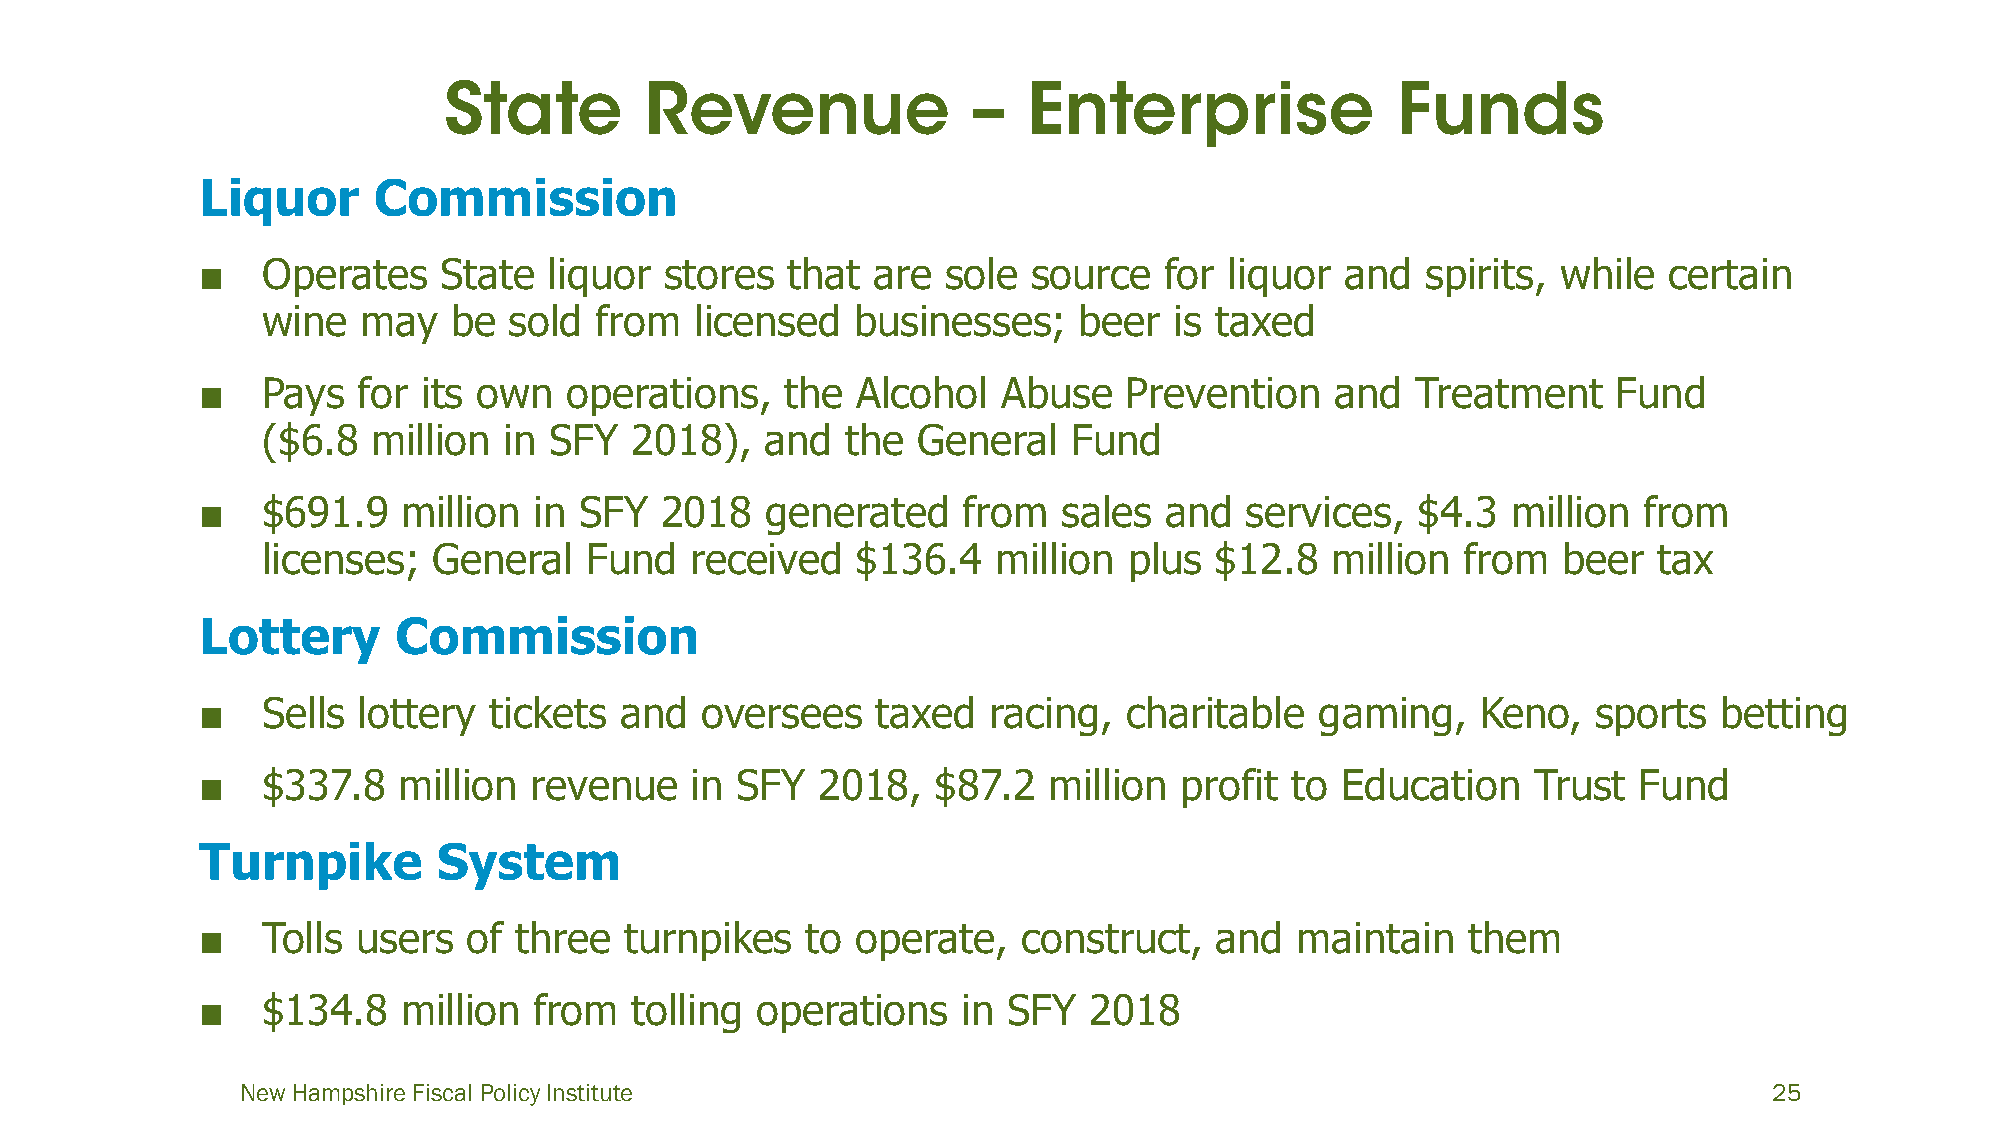
Liquor      Commission
 ■   Operates    State  liquor  stores  that  are  sole source   for liquor  and  spirits, while  certain
 wine   may   be  sold from   licensed   businesses;   beer   is taxed
 ■   Pays   for its own   operations,   the  Alcohol  Abuse    Prevention   and   Treatment    Fund
 ($6.8   million in SFY   2018),   and  the  General   Fund
 ■   $691.9    million in SFY   2018   generated    from  sales  and  services,   $4.3  million  from
 licenses;   General   Fund   received   $136.4   million  plus $12.8   million  from  beer   tax
 Lottery      Commission
 ■   Sells  lottery tickets  and  oversees    taxed  racing,  charitable   gaming,    Keno,   sports  betting
 ■   $337.8   million  revenue    in SFY  2018,   $87.2  million  profit to  Education    Trust Fund
 Turnpike        System
 ■   Tolls  users  of three  turnpikes   to  operate,   construct,  and   maintain   them
 ■   $134.8    million from   tolling operations    in SFY  2018
 New Hampshire Fiscal Policy Institute                                                                25